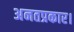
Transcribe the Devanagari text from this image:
अनतप्रकार।